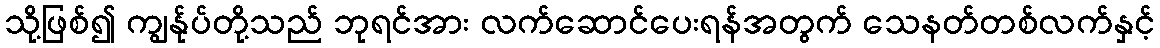
သို့ဖြစ်၍ ကျွန်ုပ်တို့သည် ဘုရင်အား လက်ဆောင်ပေးရန်အတွက် သေနတ်တစ်လက်နှင့်